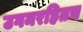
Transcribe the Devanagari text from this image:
उगमरहितच